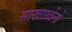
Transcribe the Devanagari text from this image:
साखार्थ्वेलो